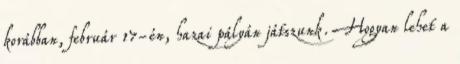
korábban, február 17-én, hazai pályán játszunk. Hogyan lehet a